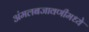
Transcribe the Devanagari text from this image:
अंमलबजावणीमध्ये